Report on lock hospitals in British Burma
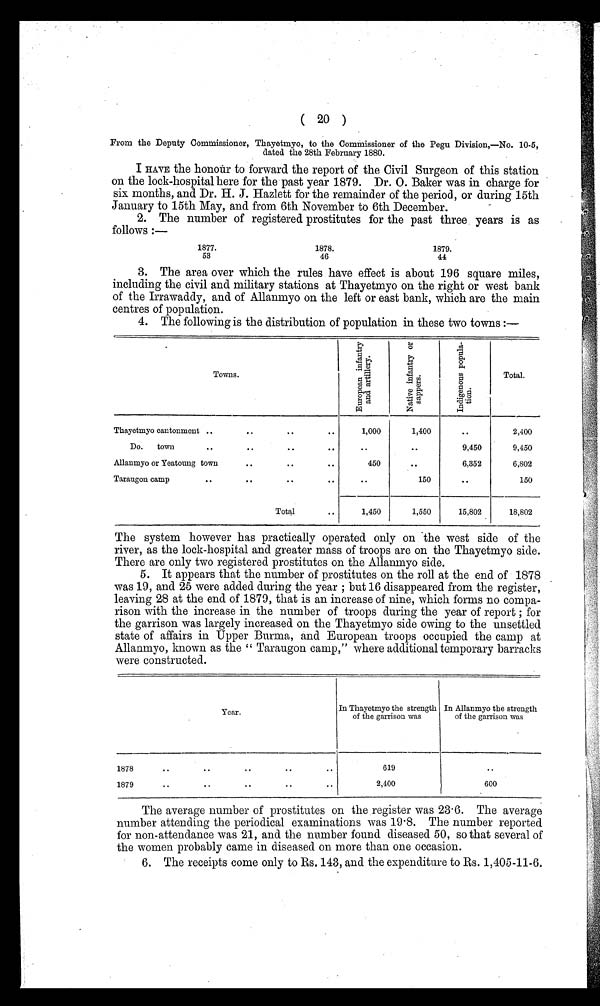
( 20 )
From the Deputy Commissioner, Thayetmyo, to the Commissioner of the Pegu Division,—No. 10-5,
dated the 28th February 1880.
I HAVE the honoùr to forward the report of the Civil Surgeon of this station
on the lock-hospital here for the past year 1879. Dr. 0. Baker was in charge for
six months, and Dr. H. J. Hazlett for the remainder of the period, or during 15th
January to 15th May, and from 6th November to 6th December.
2. The number of registered prostitutes for the past three years is as
follows :—
1877.
1878.
1879.
53
46
44
3. The area over which the rules have effect is about 196 square miles,
including the civil and military stations at Thayetmyo on the right or west bank
of the Irrawaddy, and of Allanmyo on the left or east bank, which are the main
centres of population.
4. The following is the distribution of population in these two towns :—
Towns.
E u r o p e a n i n f a n t r y
a n d a r t i l l e r y .
N a t i v e i n f a n t r y o r
s a p p e r s .
I n d i g e n o u s p o p u l a -
t i o n .
Total.
Thayetmyo cantonment ..
.. ..
..
1,000
1,400
..
2,400
Do.
town
..
..
..
..
..
..
9,450
9,450
Allanmyo or Yeatoung town
..
..
. .
450
..
6,352
6,802
Taraugon camp
.. ..
..
. .
..
150
..
150
Total
..
1,450
1,550
15,802 18,802
The system however has practically operated only on the west side of the
river, as the lock-hospital and greater mass of troops are on the Thayetmyo side.
There are only two registered prostitutes on the Allanmyo side.
5. It appears that the number of prostitutes on the roll at the end of 1878
was 19, and 25 were added during the year ; but 16 disappeared from the register,
leaving 28 at the end of 1879, that is an increase of nine, which forms no compa-
rison with the increase in the number of troops during the year of report ; for
the garrison was largely increased on the Thayetmyo side owing to the unsettled
state of affairs in Upper Burma, and European troops occupied the camp at
Allanmyo, known as the " Taraugon camp," where additional temporary barracks
were constructed.
Year.
In Thayetmyo the strength
of the garrison was
In Allanmyo the strength
of the garrison was
1878
..
..
.. ..
..
619
..
1879
..
..
..
..
..
2,400
600
The average number of prostitutes on the register was 23 . 6. The average
number attending the periodical examinations was 19.8. The number reported
for non-attendance was 21, and the number found diseased 50, so that several of
the women probably came in diseased on more than one occasion.
6. The receipts come only to Rs. 143, and the expenditure to Rs. 1,405-11-6.
*4'